Vana-Antsla_vallavalitsus, lk 22
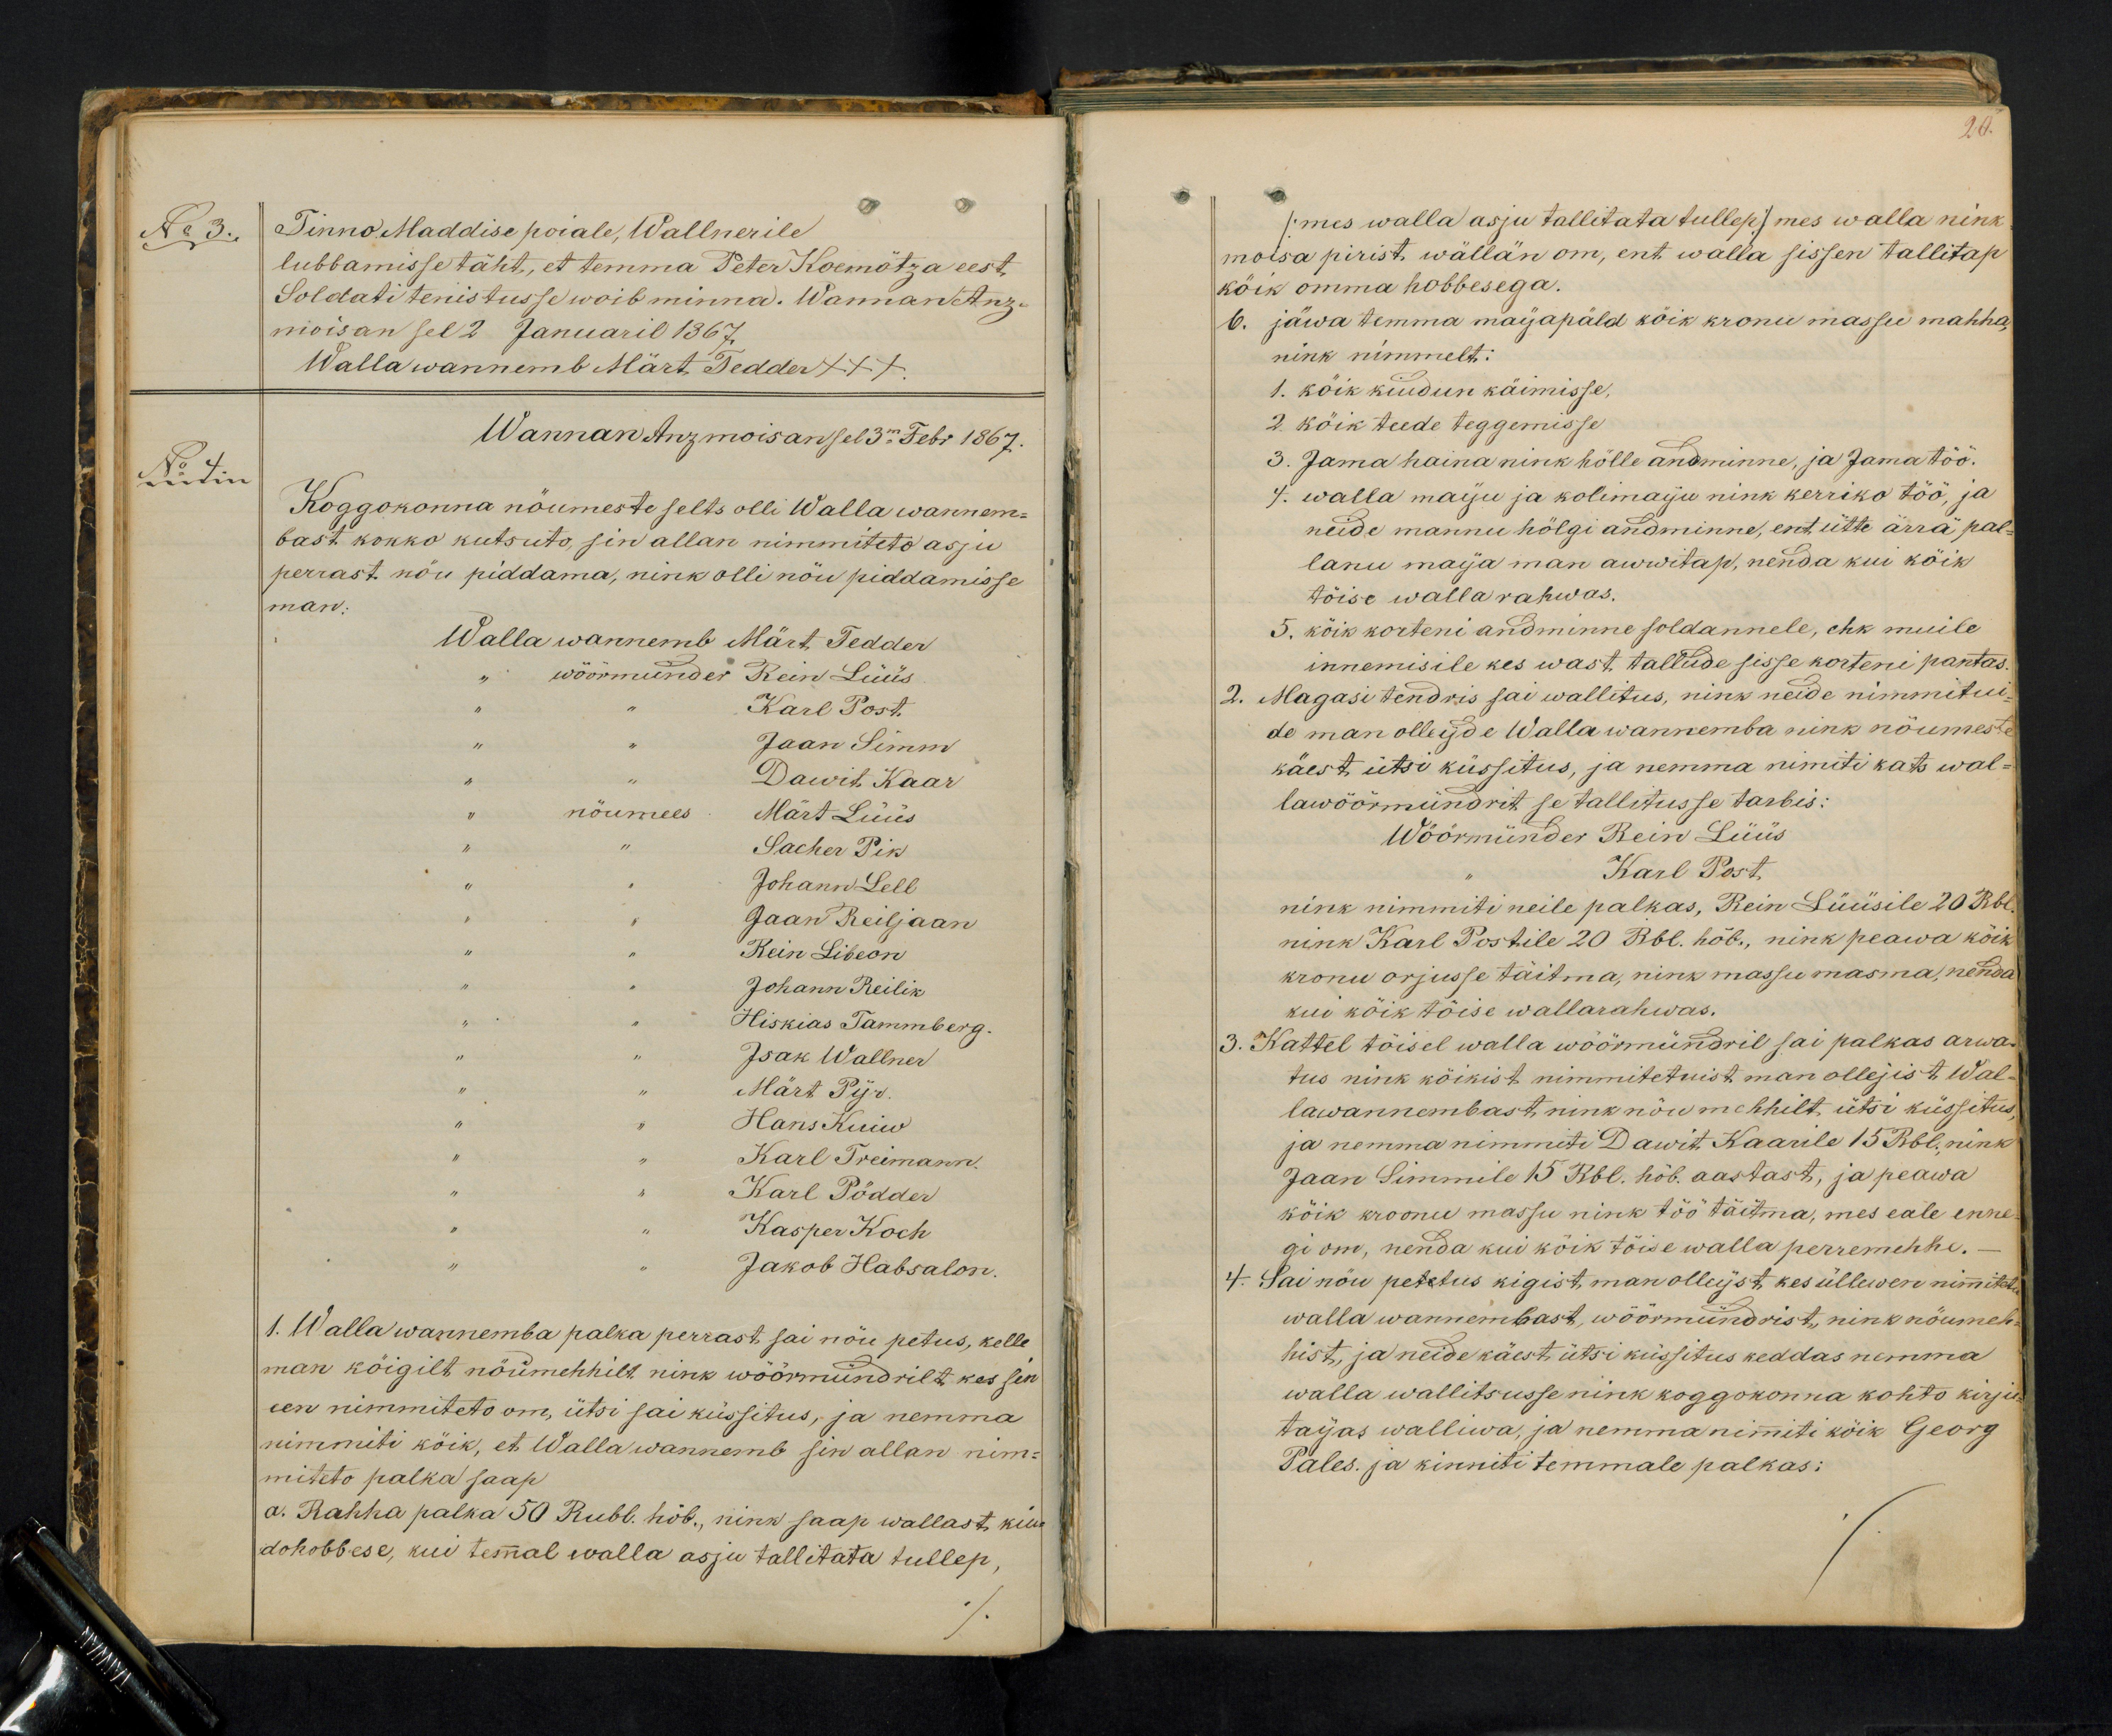
No 3.
Tinno. Maddise poiale, Wallnerile
lubbamisse täht, et temma Peter Koemötza eest
Soldati tenistusse woib minna. Wannan Anz-
moisan sel 2 Januaril 1867.
Wallawannemb Märt Tedder +++
Wannan Anzmoisan sel 3m Febr 1867.
No 4
Koggokonna nöumeste selts olli Walla wannem-
bast kokko kutsuto, sin allan nimmiteto asju
perrast nöu piddama, nink olli nöu piddamisse
man.
Wallawannemb Märt Tedder
wöörmünder Rein Lüüs
Karl Post
Jaan Simm
" " Dawit Kaar
" nõumees Märt Lüüs
Sacher Pik
Johann Lell
Jaan Reiljaan
Rein Libeon
Johann Reilik
Hiskias Tammberg
Isak Wallner
Märt Pijr
Hans Kuiw
Karl Treimann.
Karl Pödder
Kasper Koch
Jakob Habsalon.
1. Walla wannemba palka perrast sai nöu petus, kelle
man köigilt nöumeehhilt nink wöörmündrit, kes sin
een nimmiteto om, ütsi sai küssitus, ja nemma
nimmiti köik, et Wallawannemb sin allan nim-
miteto palka saap
a. Rahha palka 50 Rubl. hõb., nink saap wallast, kiu-
dohobbese, kui temmal walla asju tallitata tullep,

20.
/:mes walla asju tallitata tullep:/ mes walla nink
möisa pirist, wällän om, ent walla sissen tallitap
köik omma hobbesega.
6. jäwa temma maijapäld kõik kronu massu mahha,
nink nimmelt:
1. köik kiudun käimisse,
2 köik teede teggemisse
3. Jama heina nink hölle andminne, ja Jama töö.
4. walla maiju ja kolimaiju nink kerriko töö, ja
neide mannu hölgi andminne, ent ütte ärrä pal-
lanu majja man awwitap, nenda kui köik
töise wallarahwas.
5. köik korteni andminne soldannele, ehk muile
innemisile kes wast tallude sisse korteri pantas
2. Magasi tendris sai wallitus, nink neide nimmitui-
de man ollejde Walla wannemba nink nõumeste
käest ütsi küssitus, ja nemma nimiti kats wal-
lawöörmündrit se tallitusse tarbis:
Wöörmünder Rein Lüüs
Karl Post
nink nimmiti neile palkas, Rein Lüüsile 20 Rbl
nink Karl Postile 20 Rbl. hõb., nink peawa köik
kronu orjusse täitma, nink massu masma, nenda
kui köik töise wallarahwas,
3. Kattel töisel walla wöörmündril sai palkas arwa-
tus nink köikist nimmitetuist man ollejist Wal-
lawannembast nink nöumehhilt ütsi küssitus
ja nemma nimmiti Dwit, Kaarile 15 Rbl, nink
Jaan Simmile 15 Rbl. hõb. aastast, ja peawa
köik kroonu massu nink töö täitma, mes eale enne-
gi on, nenda kui köik töise walla perremehhe.-
4. Sai nöu petetus kigist, man olleijst kes üllewen nimmitetu
walla wannembast, wöörmündrist nink nöumeh-
hist, ja neide käest ütsi küssitus keddas nemma
walla wallitsusse nink koggokonna kohto kirju-
tajas walliwa, ja nemma nimiti kõik Georg
Pales, ja kinniti temmale palkas: